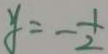
y = - \frac { 1 } { 2 }